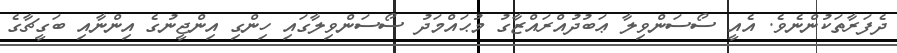
ދެފަރާތަކުންނެވެ. އެއީ ސޯސަންވިލާ ޢަބުދުއްރައްޒާގު މުޙައްމަދު ސޯސަންވިލާގައި ހިންގި އިންޖީނުގެ އިންނާއި ބަގީޗާގެ